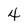
Character: 4